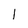
Character: l